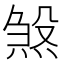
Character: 𪹉